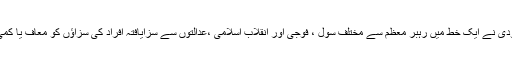
عدلیہ کے سربراہ آیت اللہ شاہرودی نے ایک خط میں رہبر معظم سے مختلف سول ، فوجی اور انقلاب اسلامی ،عدالتوں سے سزایافتہ افراد کی سزاؤں کو معاف یا کمی کرنے کی درخواست کی تھی۔